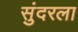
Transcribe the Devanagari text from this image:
सुंदरला